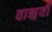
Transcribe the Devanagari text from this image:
वाङ्मयी